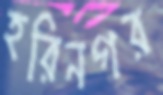
হরিনগর